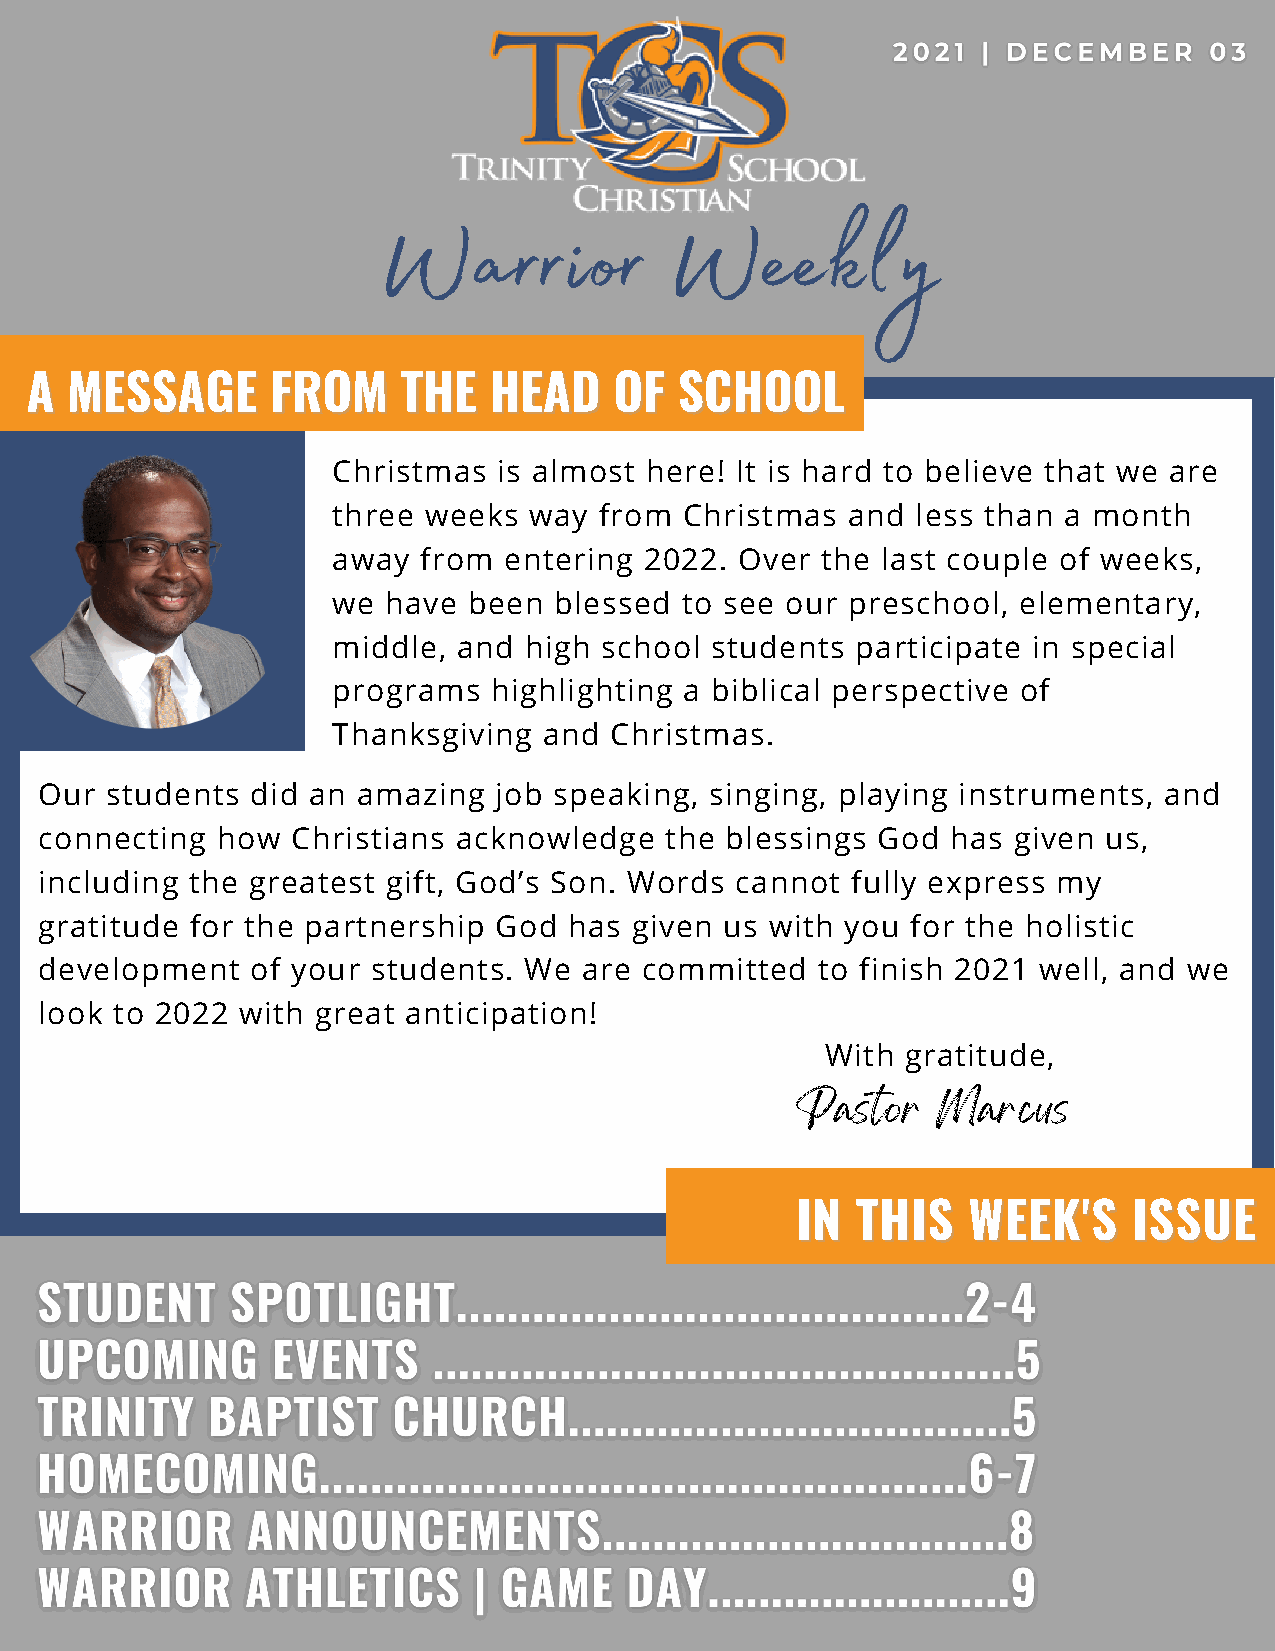
Warrior            Weekly
 AA MMEESSSSAAGGEE FFRROOMM TTHHEE HHEEAADD OOFF SSCCHHOOOOLL
 Christmas  is almost here! It is hard to believe that we are
 three weeks  way  from Christmas  and  less than a month
 away  from entering  2022. Over the last couple of weeks,
 we have  been  blessed to see our preschool, elementary,
 middle, and  high school students  participate in special
 programs   highlighting a biblical perspective of
 Thanksgiving  and Christmas.
 Our students  did an amazing  job speaking, singing, playing instruments, and
 connecting how  Christians acknowledge   the blessings God  has given us,
 including the greatest gift, God’s Son. Words cannot fully express my
 gratitude for the partnership God  has given us with you for the holistic
 development   of your students. We  are committed  to finish 2021 well, and we
 look to 2022 with great anticipation!
 With gratitude,
 Pastor   Marcus
 IINN TTHHIISS WWEEEEKK''SS IISSSSUUEE